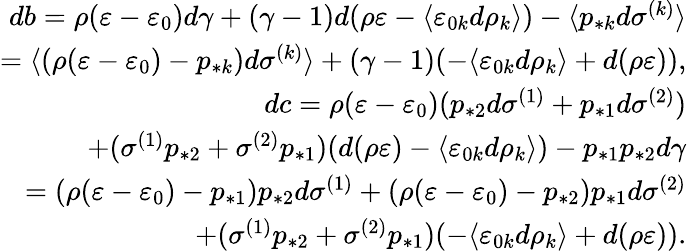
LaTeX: \begin{array}{r}{db=\rho(\varepsilon-\varepsilon_{0})d\gamma+(\gamma-1)d(\rho\varepsilon-\langle\varepsilon_{0k}d\rho_{k}\rangle)-\langle p_{*k}d\sigma^{(k)}\rangle}\\ {=\langle(\rho(\varepsilon-\varepsilon_{0})-p_{*k})d\sigma^{(k)}\rangle+(\gamma-1)(-\langle\varepsilon_{0k}d\rho_{k}\rangle+d(\rho\varepsilon)),}\\ {dc=\rho(\varepsilon-\varepsilon_{0})(p_{*2}d\sigma^{(1)}+p_{*1}d\sigma^{(2)})}\\ {+(\sigma^{(1)}p_{*2}+\sigma^{(2)}p_{*1})(d(\rho\varepsilon)-\langle\varepsilon_{0k}d\rho_{k}\rangle)-p_{*1}p_{*2}d\gamma}\\ {=(\rho(\varepsilon-\varepsilon_{0})-p_{*1})p_{*2}d\sigma^{(1)}+(\rho(\varepsilon-\varepsilon_{0})-p_{*2})p_{*1}d\sigma^{(2)}}\\ {+(\sigma^{(1)}p_{*2}+\sigma^{(2)}p_{*1})(-\langle\varepsilon_{0k}d\rho_{k}\rangle+d(\rho\varepsilon)).}\end{array}